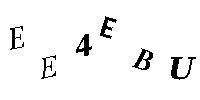
EE4EBU